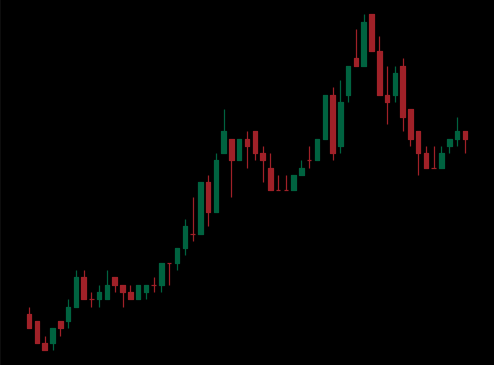
Pattern: bear_flag